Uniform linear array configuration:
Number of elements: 8
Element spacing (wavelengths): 0.5
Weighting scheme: kaiser
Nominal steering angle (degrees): -15
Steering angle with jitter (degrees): -13.258
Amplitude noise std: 0.05
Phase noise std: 0.05

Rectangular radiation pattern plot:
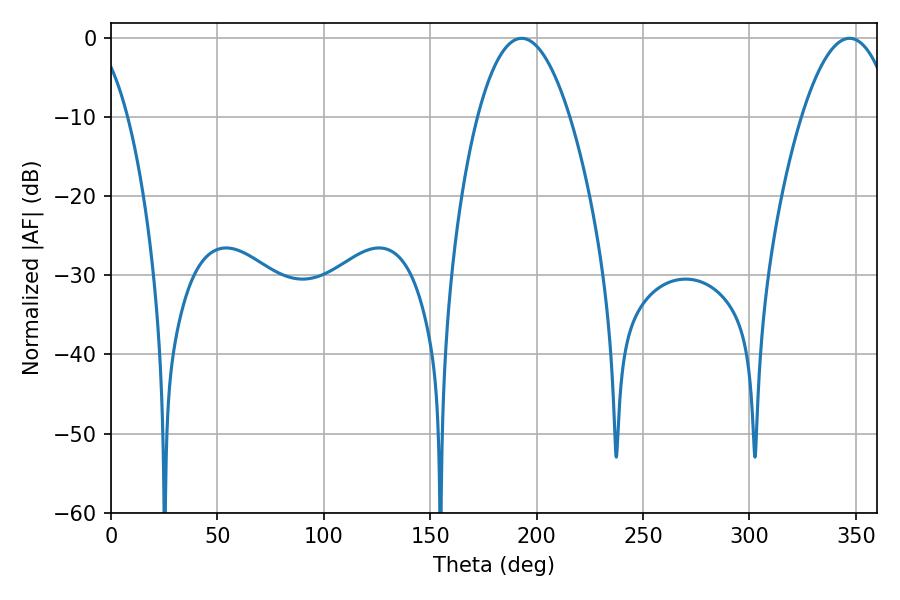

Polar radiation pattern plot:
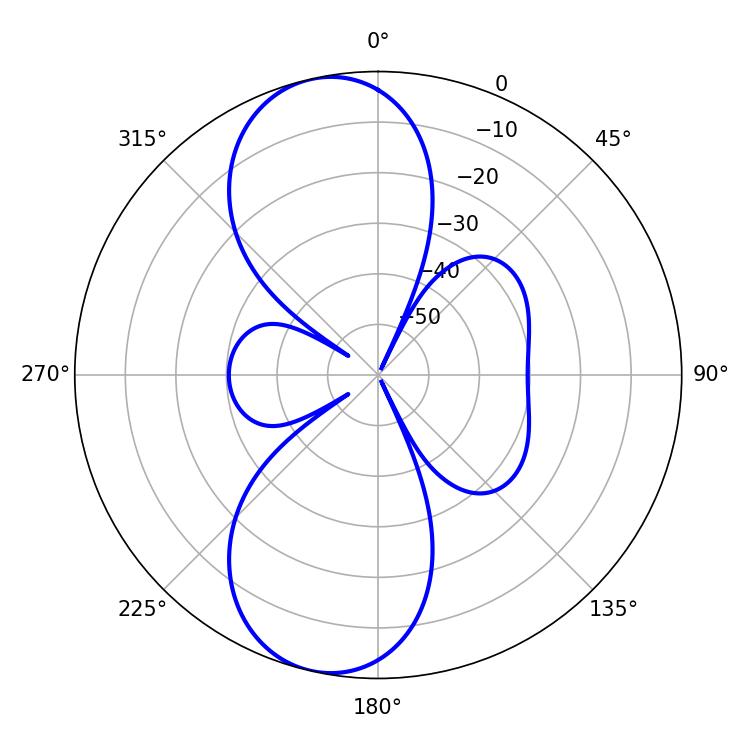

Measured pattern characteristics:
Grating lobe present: FALSE
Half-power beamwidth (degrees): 23.94
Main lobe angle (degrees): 192.96